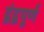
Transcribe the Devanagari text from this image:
द्वंद्वपूर्ण